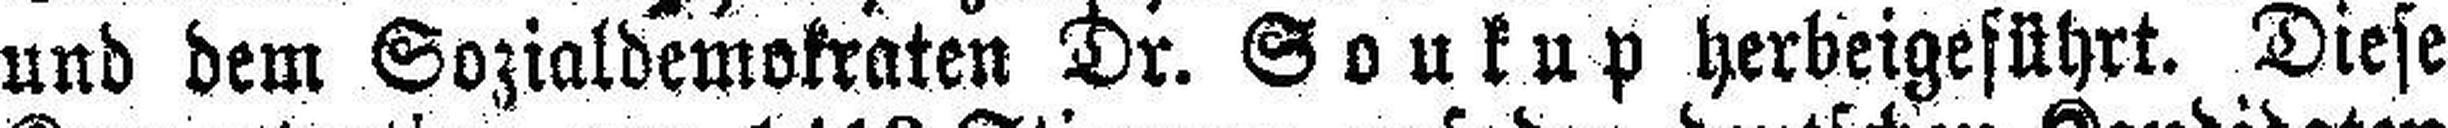
und dem Sozialdemokraten Dr. Soukup herbeigeführt. Diese